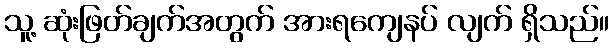
သူ့ ဆုံးဖြတ်ချက်အတွက် အားရကျေနပ် လျက် ရှိသည်။